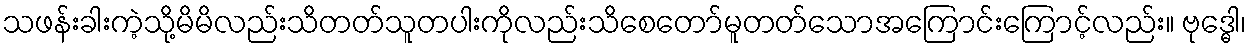
သဖန်းခါးကဲ့သို့မိမိလည်းသိတတ်သူတပါးကိုလည်းသိစေတော်မူတတ်သောအကြောင်းကြောင့်လည်း။ ဗုဒ္ဓေါ၊